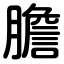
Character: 膽